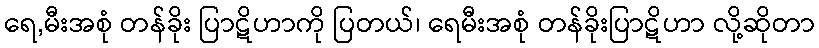
ရေ,မီးအစုံ တန်ခိုး ပြာဋိဟာကို ပြတယ်၊ ရေမီးအစုံ တန်ခိုးပြာဋိဟာ လို့ဆိုတာ